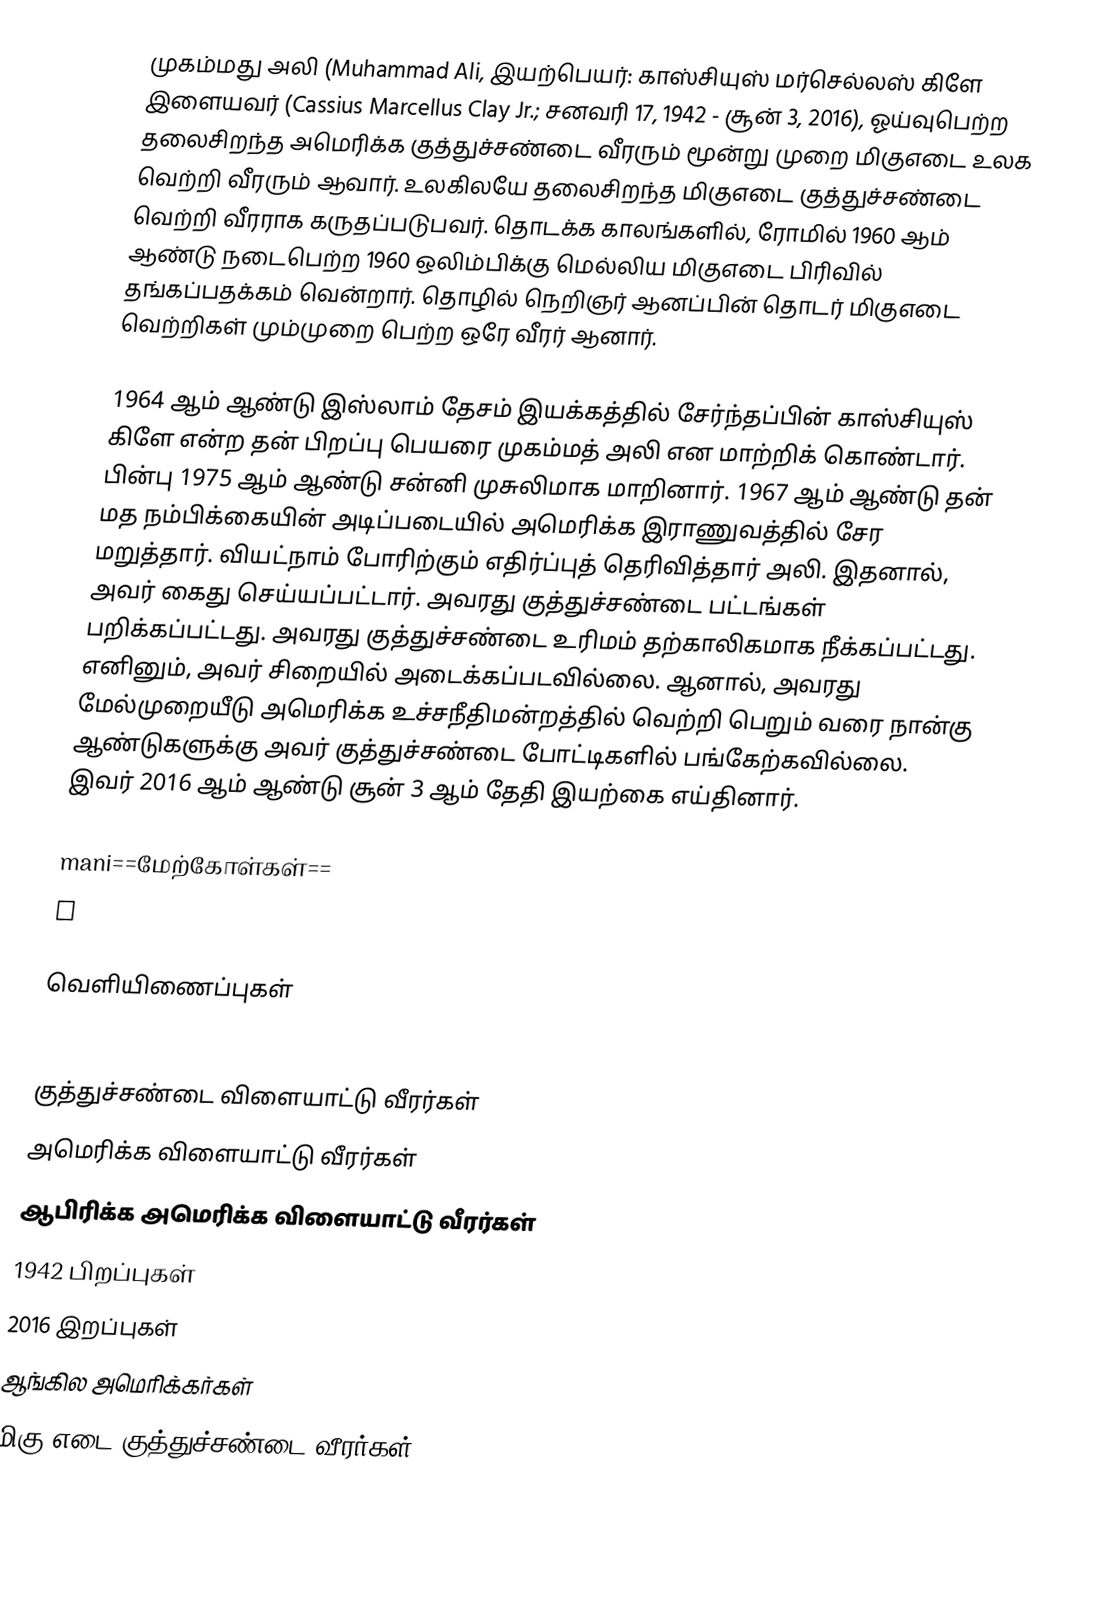
முகம்மது அலி (Muhammad Ali, இயற்பெயர்: காஸ்சியுஸ் மர்செல்லஸ் கிளே இளையவர் (Cassius Marcellus Clay Jr.; சனவரி 17, 1942 - சூன் 3, 2016), ஓய்வுபெற்ற தலைசிறந்த அமெரிக்க குத்துச்சண்டை வீரரும் மூன்று முறை மிகுஎடை உலக வெற்றி வீரரும் ஆவார். உலகிலயே தலைசிறந்த மிகுஎடை குத்துச்சண்டை வெற்றி வீரராக கருதப்படுபவர். தொடக்க காலங்களில், ரோமில் 1960 ஆம் ஆண்டு நடைபெற்ற 1960 ஒலிம்பிக்கு மெல்லிய மிகுஎடை பிரிவில் தங்கப்பதக்கம் வென்றார். தொழில் நெறிஞர் ஆனப்பின் தொடர் மிகுஎடை வெற்றிகள் மும்முறை பெற்ற ஒரே வீரர் ஆனார்.

1964 ஆம் ஆண்டு இஸ்லாம் தேசம் இயக்கத்தில் சேர்ந்தப்பின் காஸ்சியுஸ் கிளே என்ற தன் பிறப்பு பெயரை முகம்மத் அலி என மாற்றிக் கொண்டார். பின்பு 1975 ஆம் ஆண்டு சன்னி முசுலிமாக மாறினார். 1967 ஆம் ஆண்டு தன் மத நம்பிக்கையின் அடிப்படையில் அமெரிக்க இராணுவத்தில் சேர மறுத்தார். வியட்நாம் போரிற்கும் எதிர்ப்புத் தெரிவித்தார் அலி. இதனால், அவர் கைது செய்யப்பட்டார். அவரது குத்துச்சண்டை பட்டங்கள் பறிக்கப்பட்டது. அவரது குத்துச்சண்டை உரிமம் தற்காலிகமாக நீக்கப்பட்டது. எனினும், அவர் சிறையில் அடைக்கப்படவில்லை. ஆனால், அவரது மேல்முறையீடு அமெரிக்க உச்சநீதிமன்றத்தில் வெற்றி பெறும் வரை நான்கு ஆண்டுகளுக்கு அவர் குத்துச்சண்டை போட்டிகளில் பங்கேற்கவில்லை. இவர் 2016 ஆம் ஆண்டு சூன் 3 ஆம் தேதி இயற்கை எய்தினார்.

mani==மேற்கோள்கள்==
a

வெளியிணைப்புகள்
 Muhammad Ali still the greatest as he celebrates 70th birthday

குத்துச்சண்டை விளையாட்டு வீரர்கள்
அமெரிக்க விளையாட்டு வீரர்கள்
ஆபிரிக்க அமெரிக்க விளையாட்டு வீரர்கள்
1942 பிறப்புகள்
2016 இறப்புகள்
ஆங்கில அமெரிக்கர்கள்
மிகு எடை குத்துச்சண்டை வீரர்கள்